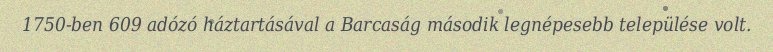
1750-ben 609 adózó háztartásával a Barcaság második legnépesebb települése volt.